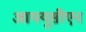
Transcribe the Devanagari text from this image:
आययूसीएन